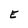
Character: E